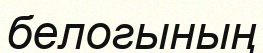
белогының